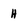
Character: H